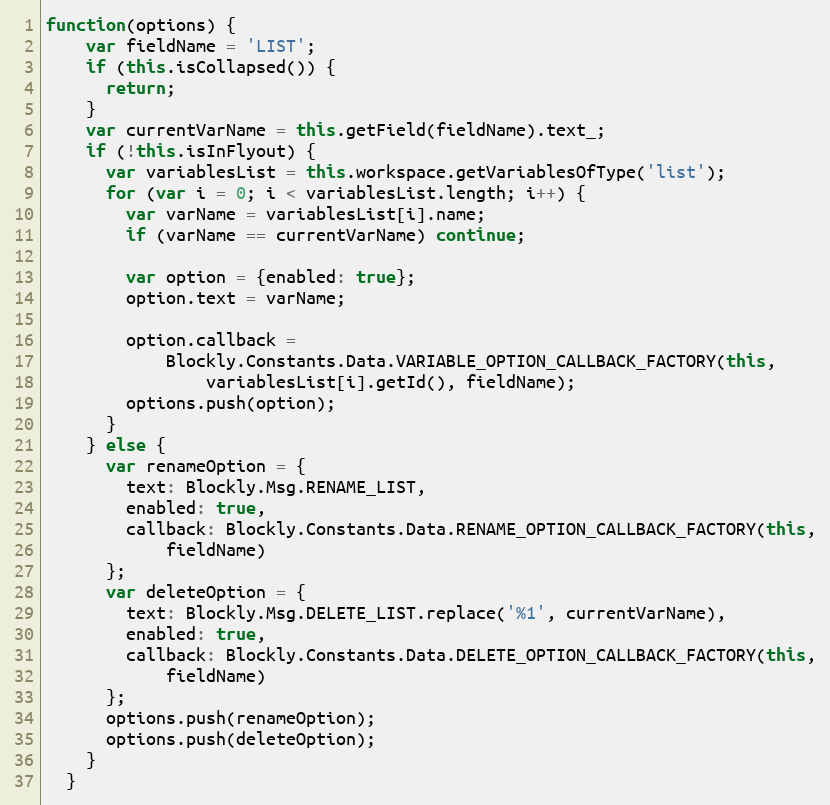
Language: JavaScript
function(options) {
    var fieldName = 'LIST';
    if (this.isCollapsed()) {
      return;
    }
    var currentVarName = this.getField(fieldName).text_;
    if (!this.isInFlyout) {
      var variablesList = this.workspace.getVariablesOfType('list');
      for (var i = 0; i < variablesList.length; i++) {
        var varName = variablesList[i].name;
        if (varName == currentVarName) continue;

        var option = {enabled: true};
        option.text = varName;

        option.callback =
            Blockly.Constants.Data.VARIABLE_OPTION_CALLBACK_FACTORY(this,
                variablesList[i].getId(), fieldName);
        options.push(option);
      }
    } else {
      var renameOption = {
        text: Blockly.Msg.RENAME_LIST,
        enabled: true,
        callback: Blockly.Constants.Data.RENAME_OPTION_CALLBACK_FACTORY(this,
            fieldName)
      };
      var deleteOption = {
        text: Blockly.Msg.DELETE_LIST.replace('%1', currentVarName),
        enabled: true,
        callback: Blockly.Constants.Data.DELETE_OPTION_CALLBACK_FACTORY(this,
            fieldName)
      };
      options.push(renameOption);
      options.push(deleteOption);
    }
  }